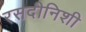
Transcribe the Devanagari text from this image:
रसदीनिशी